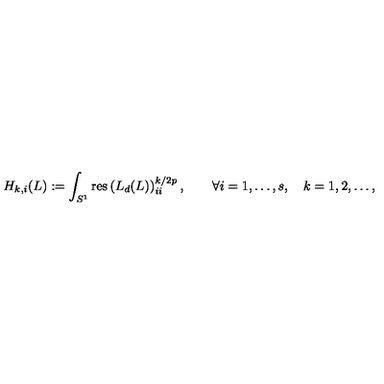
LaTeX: H _ { k , i } ( L ) : = \int _ { S ^ { 1 } } \mathrm { r e s } \left( L _ { d } ( L ) \right) _ { i i } ^ { k / { 2 p } } , \qquad \forall i = 1 , \ldots , s , \quad k = 1 , 2 , \dots ,